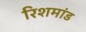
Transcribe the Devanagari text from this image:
रिशमांड